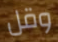
وقل